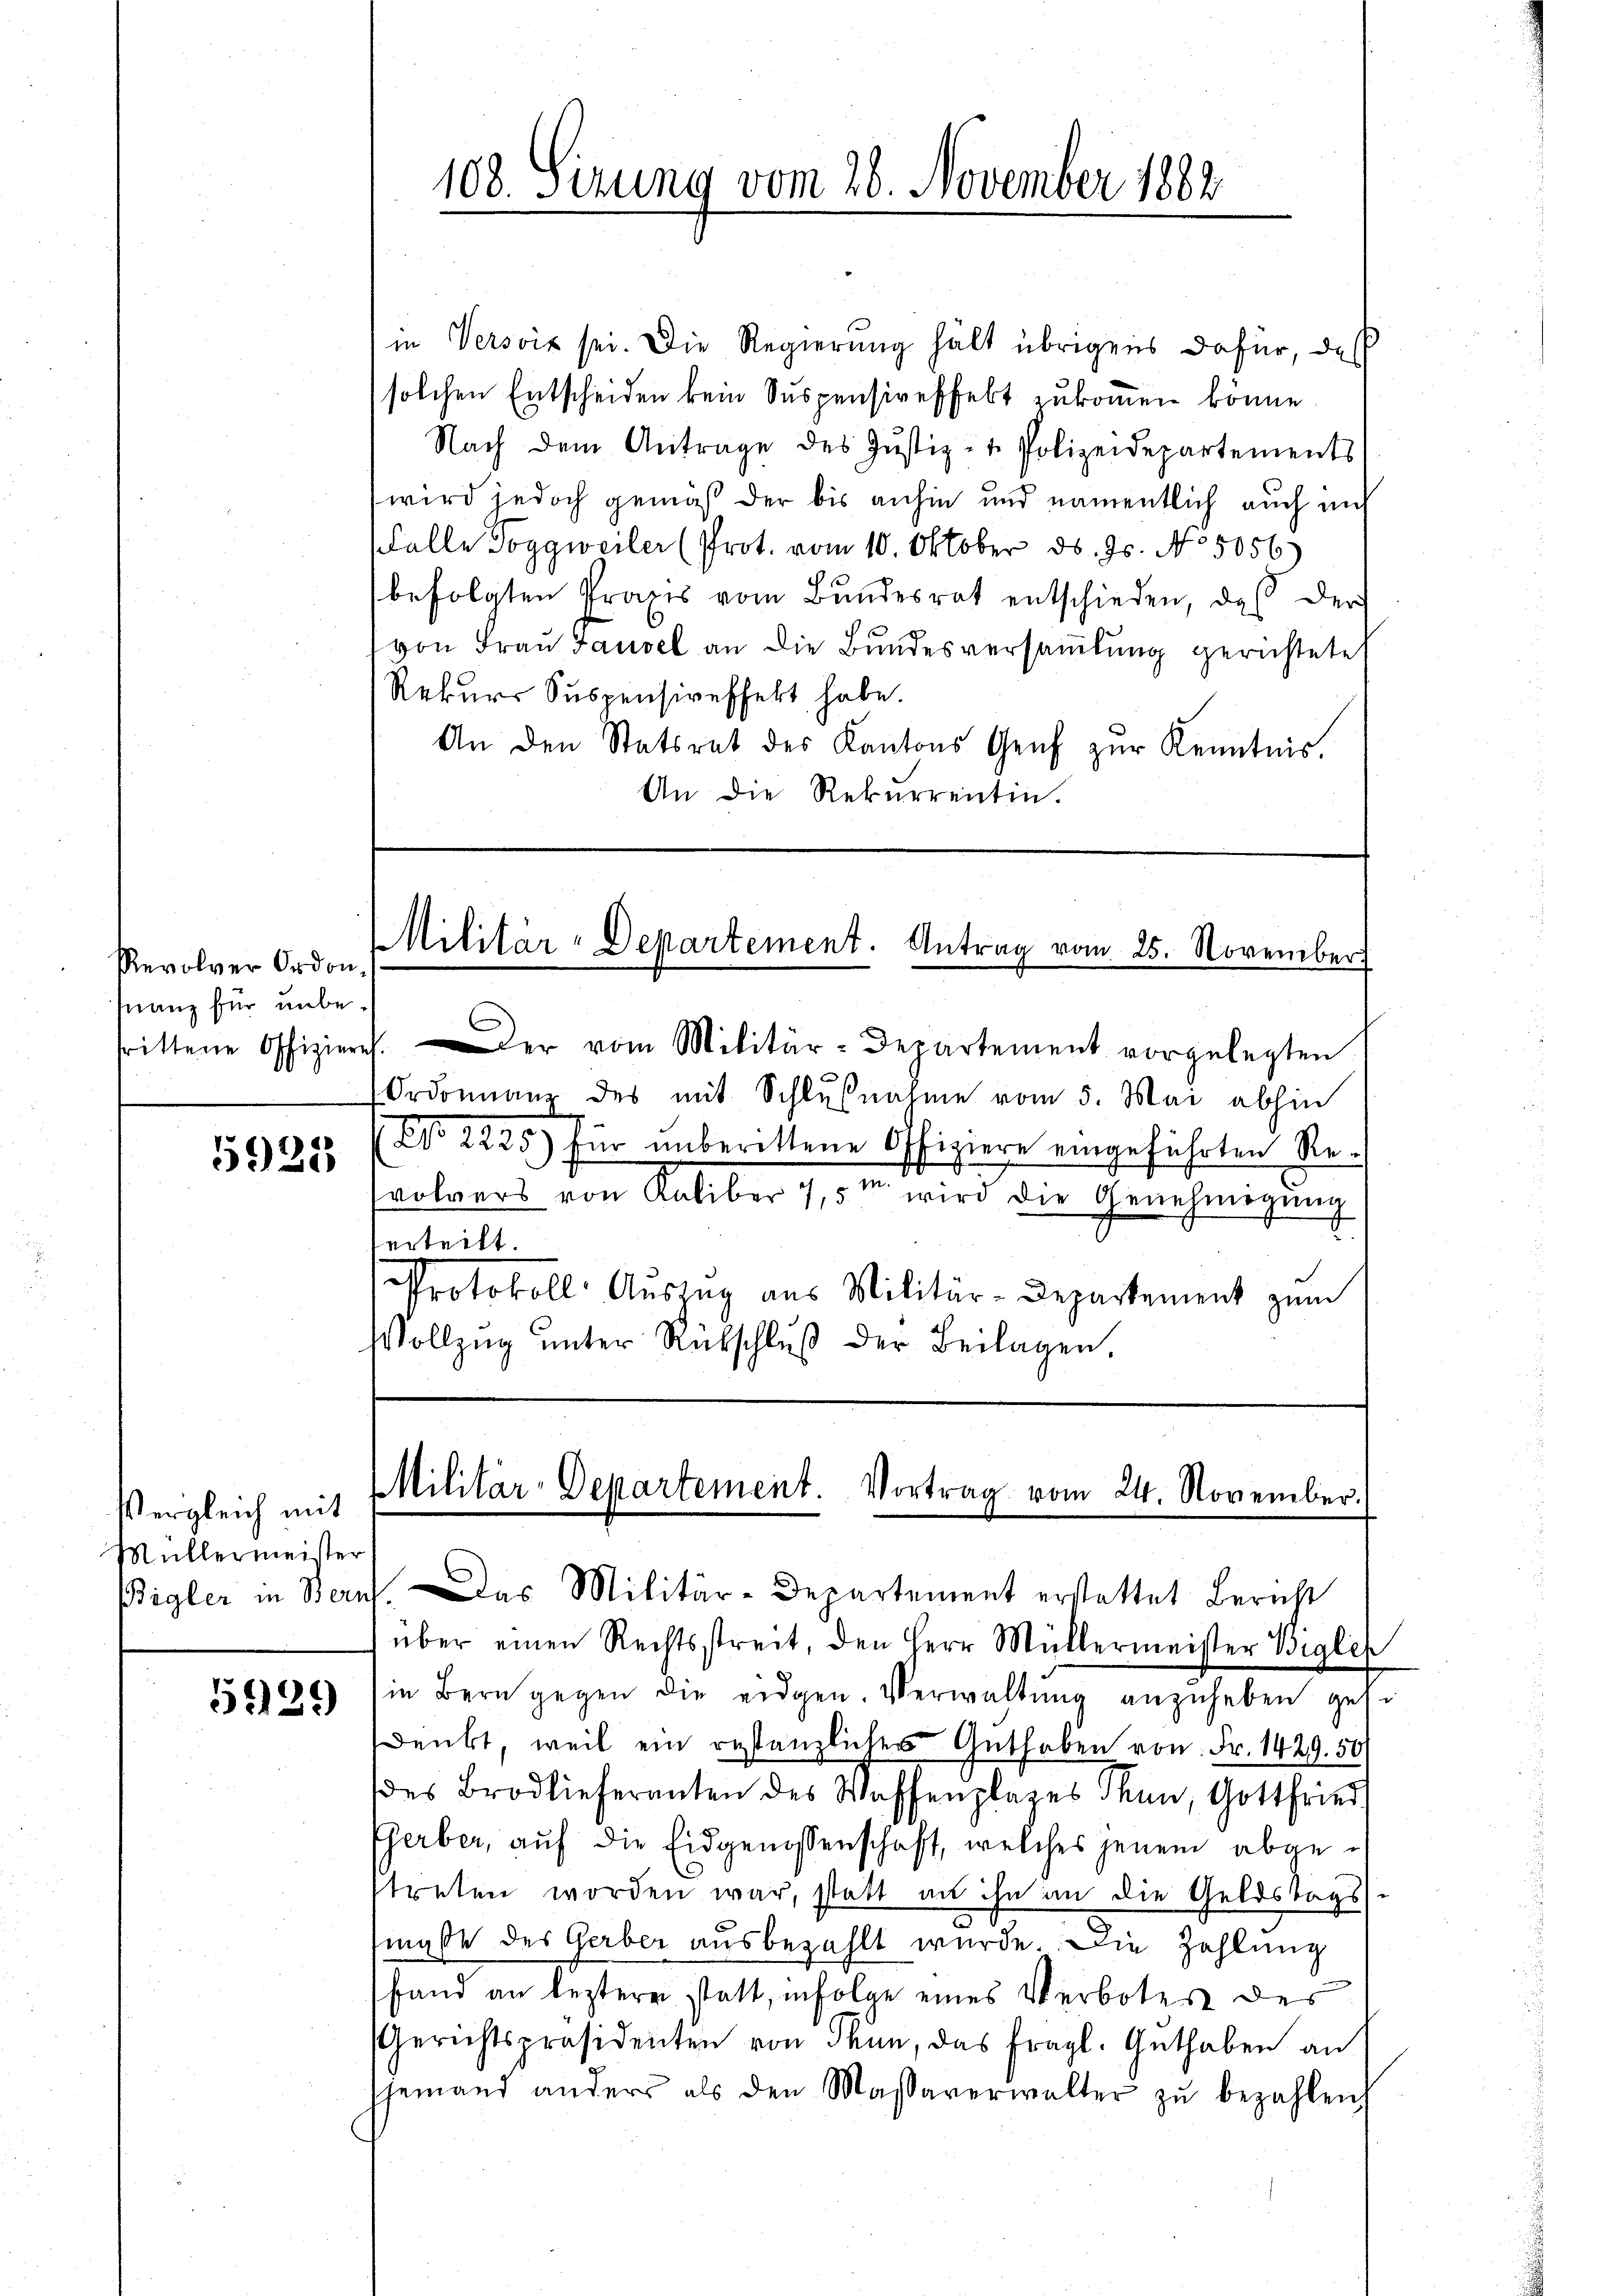
Revolver Ordon-
fnanz für unbe¬

5925

Vergleich mit
Müllermeister

539

in Versois sei. Die Regierung hält übrigens dafür, daß
solchen Entscheiden kein Suspensireffekt zukommen könne.
Nach dem Antrage des Jŭstiz- & Polizeidepartements
wird jedoch gemäß der bis anhin und namentlich auch nich
(alle Toggweiler (Prot. vom 10. Oktober d. Js. No 5056)
befolgten Praxis vom Bŭndesrat entschieden, daß der
von Frau Hausel an die Bundesversammlung gerichtete
Rekurs Suspensireffekt habe.
An den Statsrat des Kantons Genf zŭr Kenntnis.
An die Rekurrentin.

108. Sizung vom 26. November 1882

Militär-Departement. Antrag vom 25. November
.

srittene Offizieres. Der vom Militär-Departement vorgelegten
Ordonnanz des mit Schlußnahme vom 5. Mai abhin
No 2235.) Für unberittene Offiziere eingeführten Revolvers von Kaliber 7,5m wird die Genehmigŭng
erteilt.
Protokoll: Auszug aus Militär-Departement zum
Vollzug unter Rückschluß der Beilagen,

Militär-Departement. Vortrag vom 24. November.

Bigler in Bern. Das Militär-Departement erstattet Bericht
über einen Rechtsstreit, den Herr Müllermeister Begle
in Bern gegen die eidgen. Verwaltŭng anzuheben gesi
denkt, weil ein restanzlicher Guthaben von Fr. 1429. 50
des Brodlieferanten des Waffenplages Thun, Gottfried
Eherber, auf die Eidgenossenschaft, welches jenem abgetreten worden war, statt an ihn an die Geldstags
maße des Gerber ausbezahlt wurde. Die Zahlung
fand an leztere statt, infolge eines Verbotes des
Gerichtspräsidenten von Thun, das fragl. Guthaben an
Ehemand anders als den Massaverwalter zŭ bezahleich